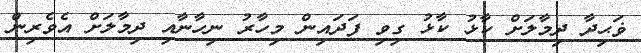
ޥަޙިދާ ދިމާލަށް ކާޅު ކާޅު ގިވި ފަދައިން މިހާރު ނިހާނާއި ދިމާލަށް އެވެރިން